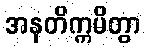
အနတိက္ကမိတွာ